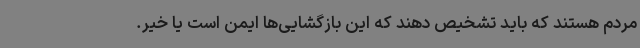
مردم هستند که باید تشخیص دهند که این بازگشایی‌ها ایمن است یا خیر.